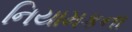
નિયામકના